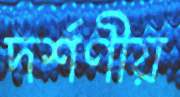
দর্শণীয়